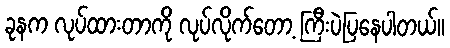
ခုနက လုပ်ထားတာကို လုပ်လိုက်တော့ ကြီးပဲပြနေပါတယ်။